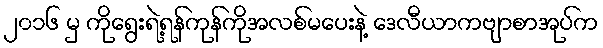
၂၀၁၆ မှ ကိုရွေးရဲ့ရန်ကုန်ကိုအလစ်မပေးနဲ့ ဒေလီယာကဗျာစာအုပ်က